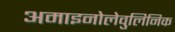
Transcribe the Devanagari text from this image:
अमाइनोलेवुलिनिक